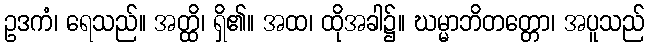
ဥဒကံ၊ ရေသည်။ အတ္ထိ၊ ရှိ၏။ အထ၊ ထိုအခါ၌။ ဃမ္မာဘိတတ္တော၊ အပူသည်